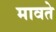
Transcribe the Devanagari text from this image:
मावते